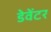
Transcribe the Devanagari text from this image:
डेवेंटर